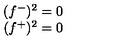
\begin{array} { c } { ( f ^ { - } ) ^ { 2 } = 0 } \\ { ( f ^ { + } ) ^ { 2 } = 0 } \\ \end{array}